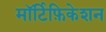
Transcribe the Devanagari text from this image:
मॉर्टिफ़िकेशन